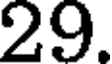
29.